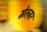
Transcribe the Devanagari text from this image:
मेल्ज़र